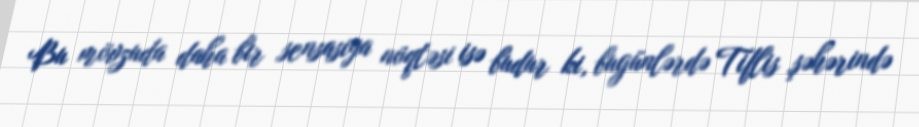
Bu mövzuda daha bir sensasiya nöqtəsi isə budur ki, bugünlərdə Tiflis şəhərində